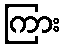
ကြား